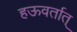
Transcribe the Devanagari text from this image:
हऊवर्तात्